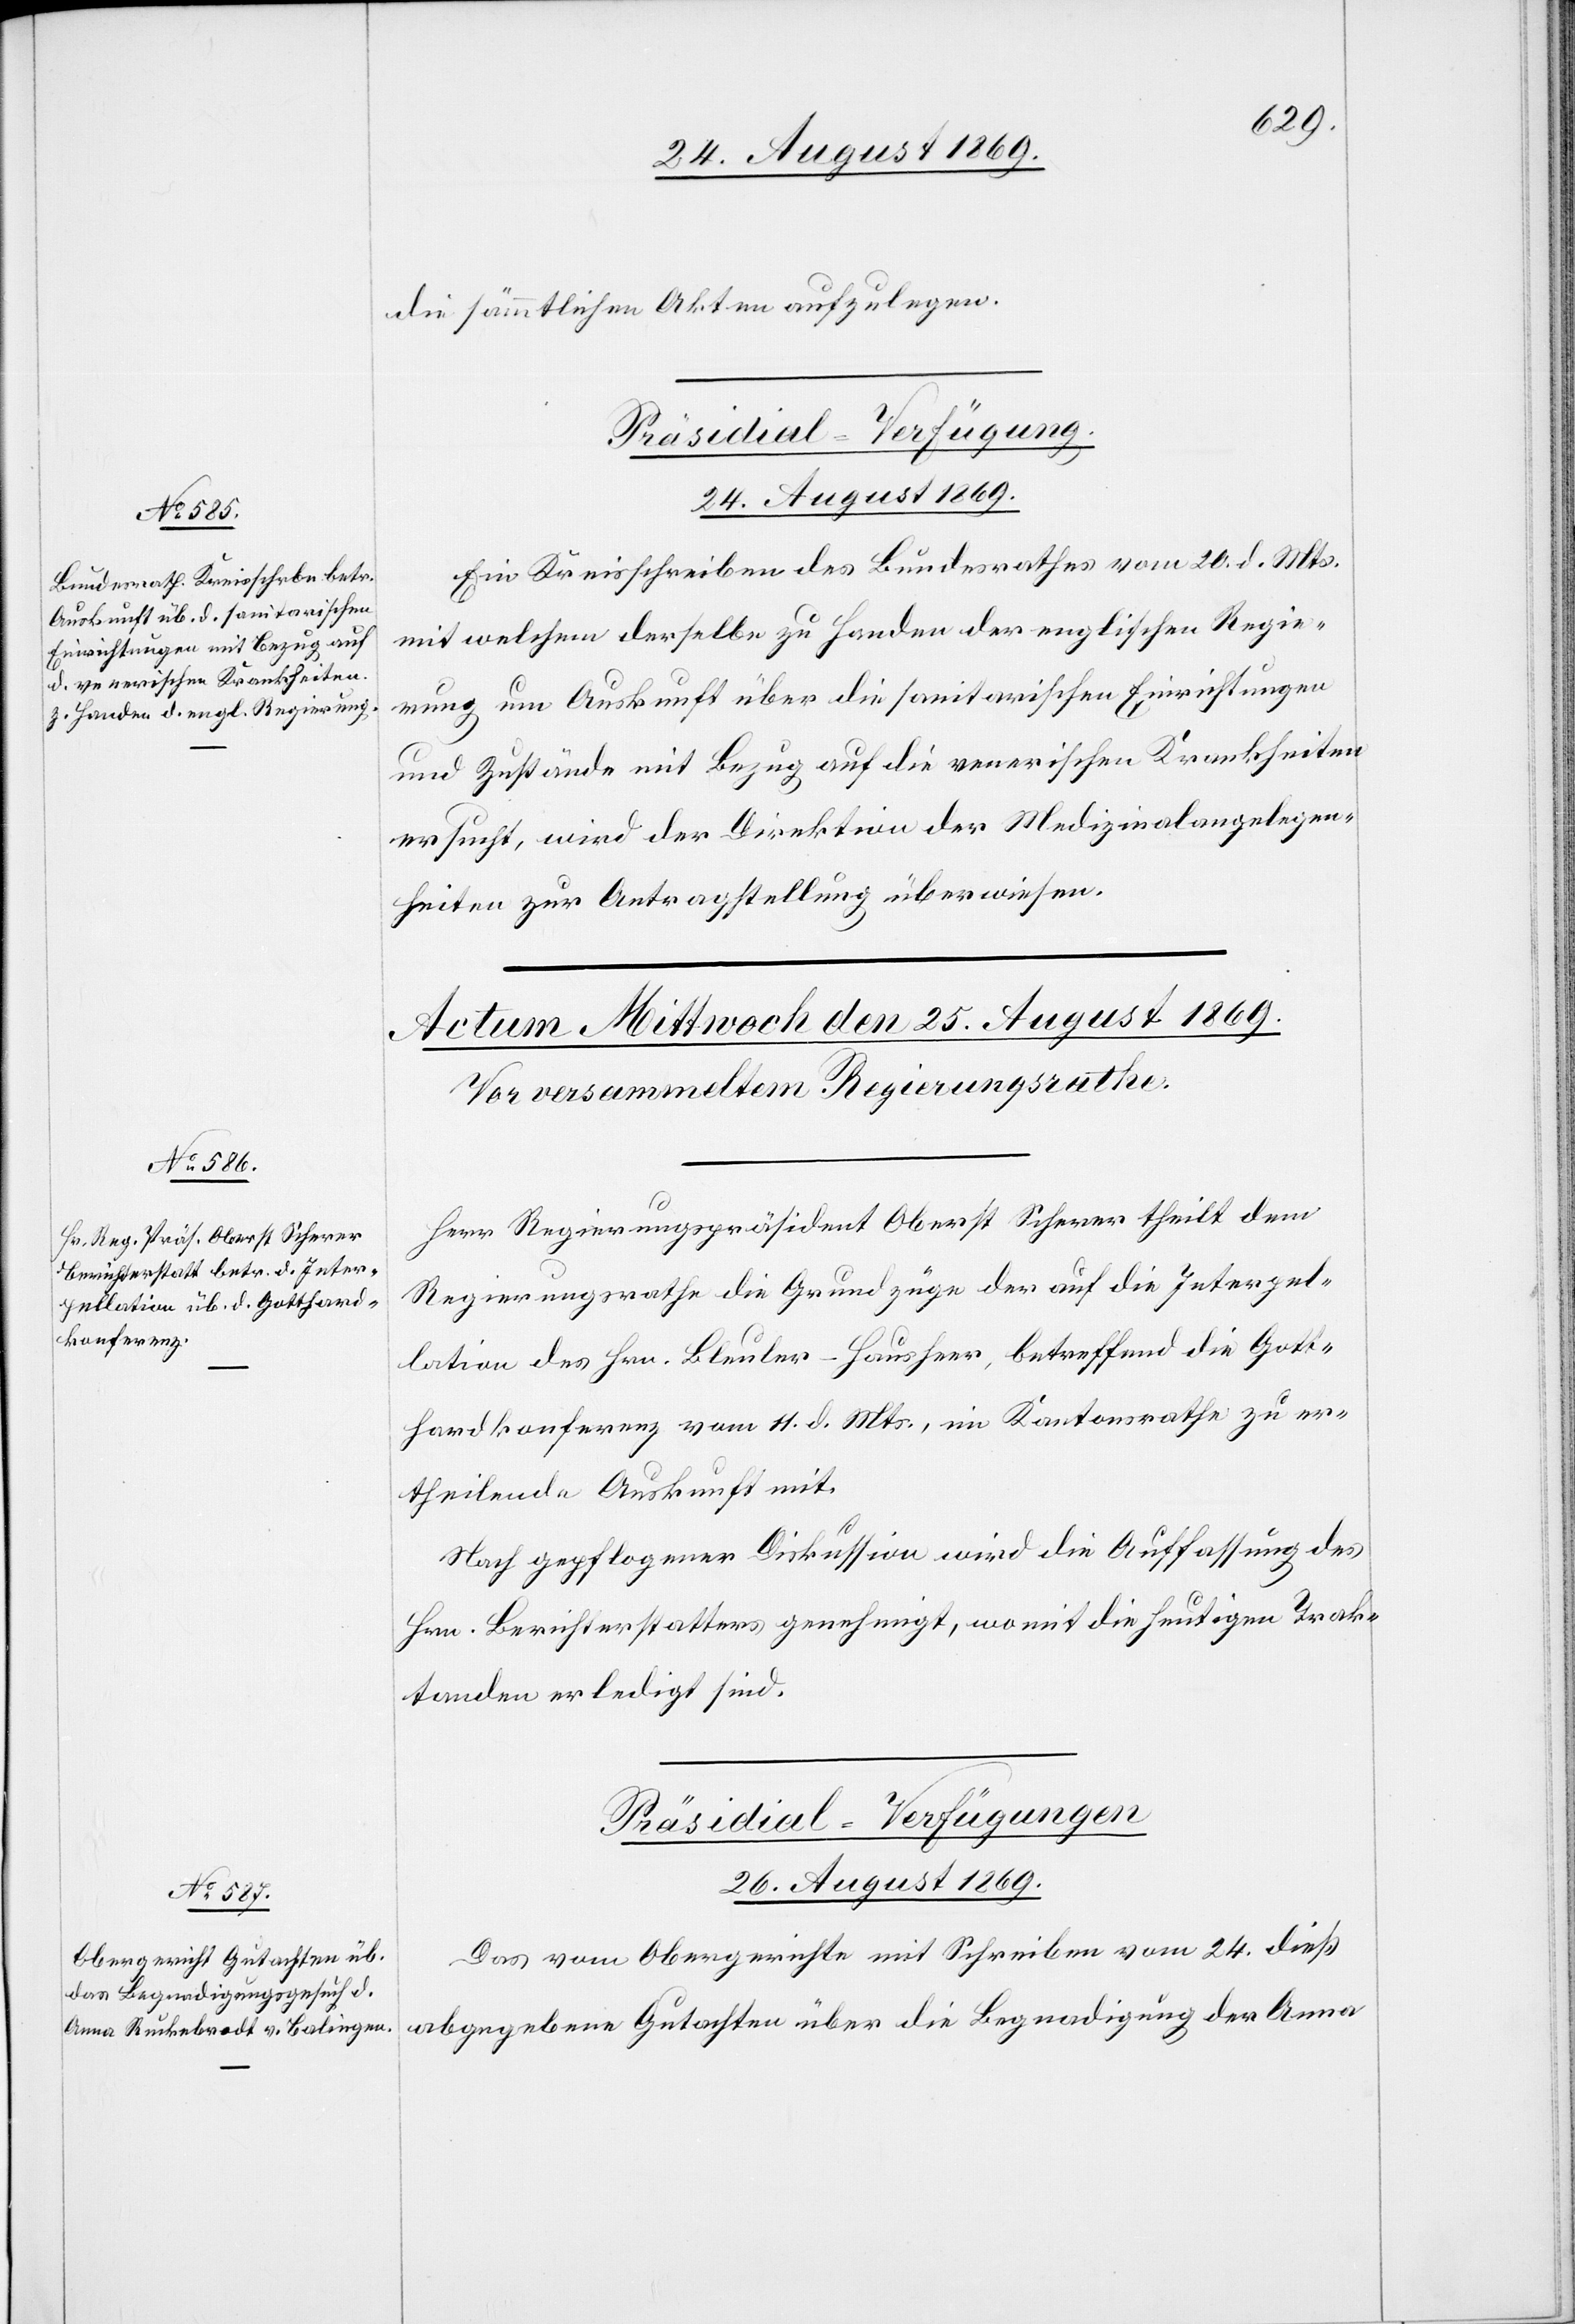
die sämmtlichen Akten aufzulegen.
Ein Kreisschreiben des Bundesrathes vom 20. d. Mts.
mit welchem derselbe zu Handen der englischen Regie¬
rung um Auskunft über die sanitarischen Einrichtungen
und Zustände mit Bezug auf die venerischen Krankheiten
ersucht, wird der Direktion der Medizinalangelegen¬
heiten zur Antragstellung überwiesen.
Herr Regierungspräsident Oberst Scherer theilt dem
Regierungsrathe die Grundzüge der auf die Interpel¬
lation des Hrn. Bleuler-Hausheer, betreffend die Gott¬
hardkonferenz vom 11. d. Mts., im Kantonsrathe zu er¬
theilende Auskunft mit.
Nach gepflogener Diskussion wird die Auffassung des
Hrn. Berichterstatters genehmigt, womit die heutigen Trak¬
tanden erledigt sind.
Präsidial-Verfügungen
26. August 1869.
Das vom Obergerichte mit Schreiben vom 24. dieß
abgegebene Gutachten über die Begnadigung der Anna